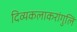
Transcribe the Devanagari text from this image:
दिव्यकलाकरांगुलि